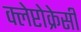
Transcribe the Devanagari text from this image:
क्लेप्टोक्रेसी